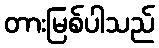
တားမြစ်ပါသည်